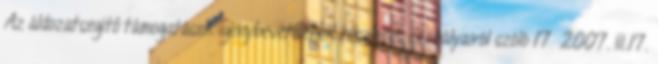
Az áldozatsegítő támogatások igénybevételének részletes szabályairól szóló 17 2007. III.17.